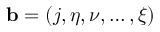
\mathbf { b } = ( j , \eta , \nu , \ldots , \xi )